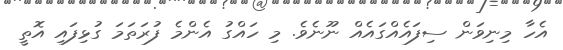
އެހާ މިނިވަން ސިފައެއްގައެއް ނޫނެވެ. މި ހައްގު އެންމެ ފުރަތަމަ ގުޅިފައި އޮތީ